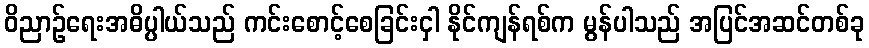
ဝိညာဉ်ရေးအဓိပ္ပါယ်သည် ကင်းစောင့်စေခြင်းငှါ နိုင်ကျန်ရစ်က မွန်ပါသည် အပြင်အဆင်တစ်ခု